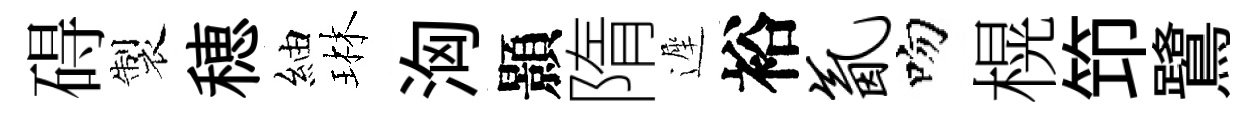
碍製穂紬琳洶顥隋遲裕氤吻榥笻鷺